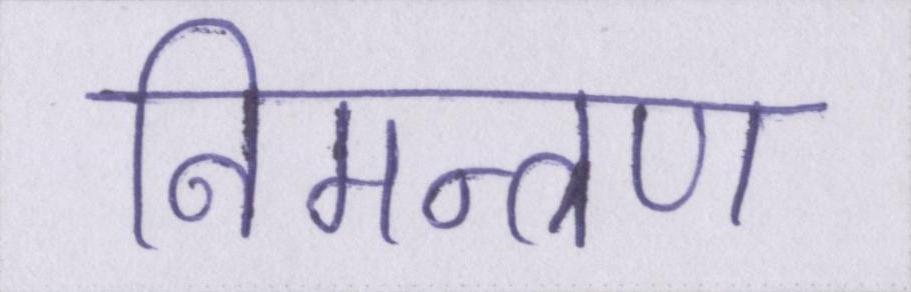
निमन्त्रण